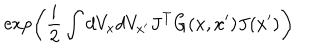
LaTeX: \exp \left( \frac { i } { 2 } \int d V _ { x } d V _ { x ^ { \prime } } J ^ { T } G ( x , x ^ { \prime } ) J ( x ^ { \prime } ) \right)